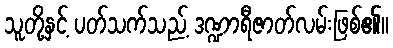
သူတို့နှင့် ပတ်သက်သည့် ဒဏ္ဍာရီဇာတ်လမ်းဖြစ်၏။